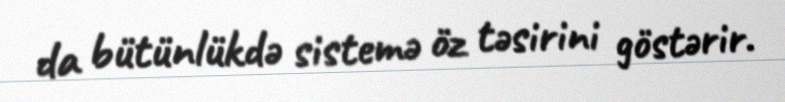
da bütünlükdə sistemə öz təsirini göstərir.